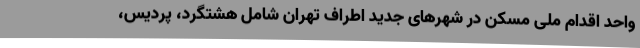
واحد اقدام ملی مسکن در شهرهای جدید اطراف تهران شامل هشتگرد، پردیس،